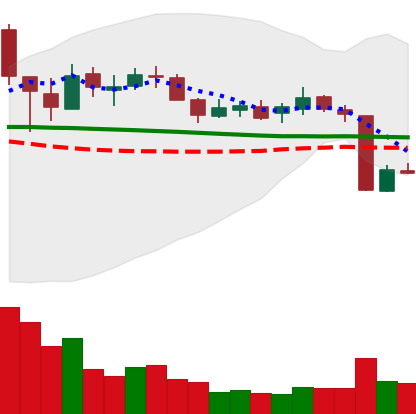
Ticker: XLM-USD
Chart end date: 2018-10-13
Forward return: 11.472%
Label: up_7plus